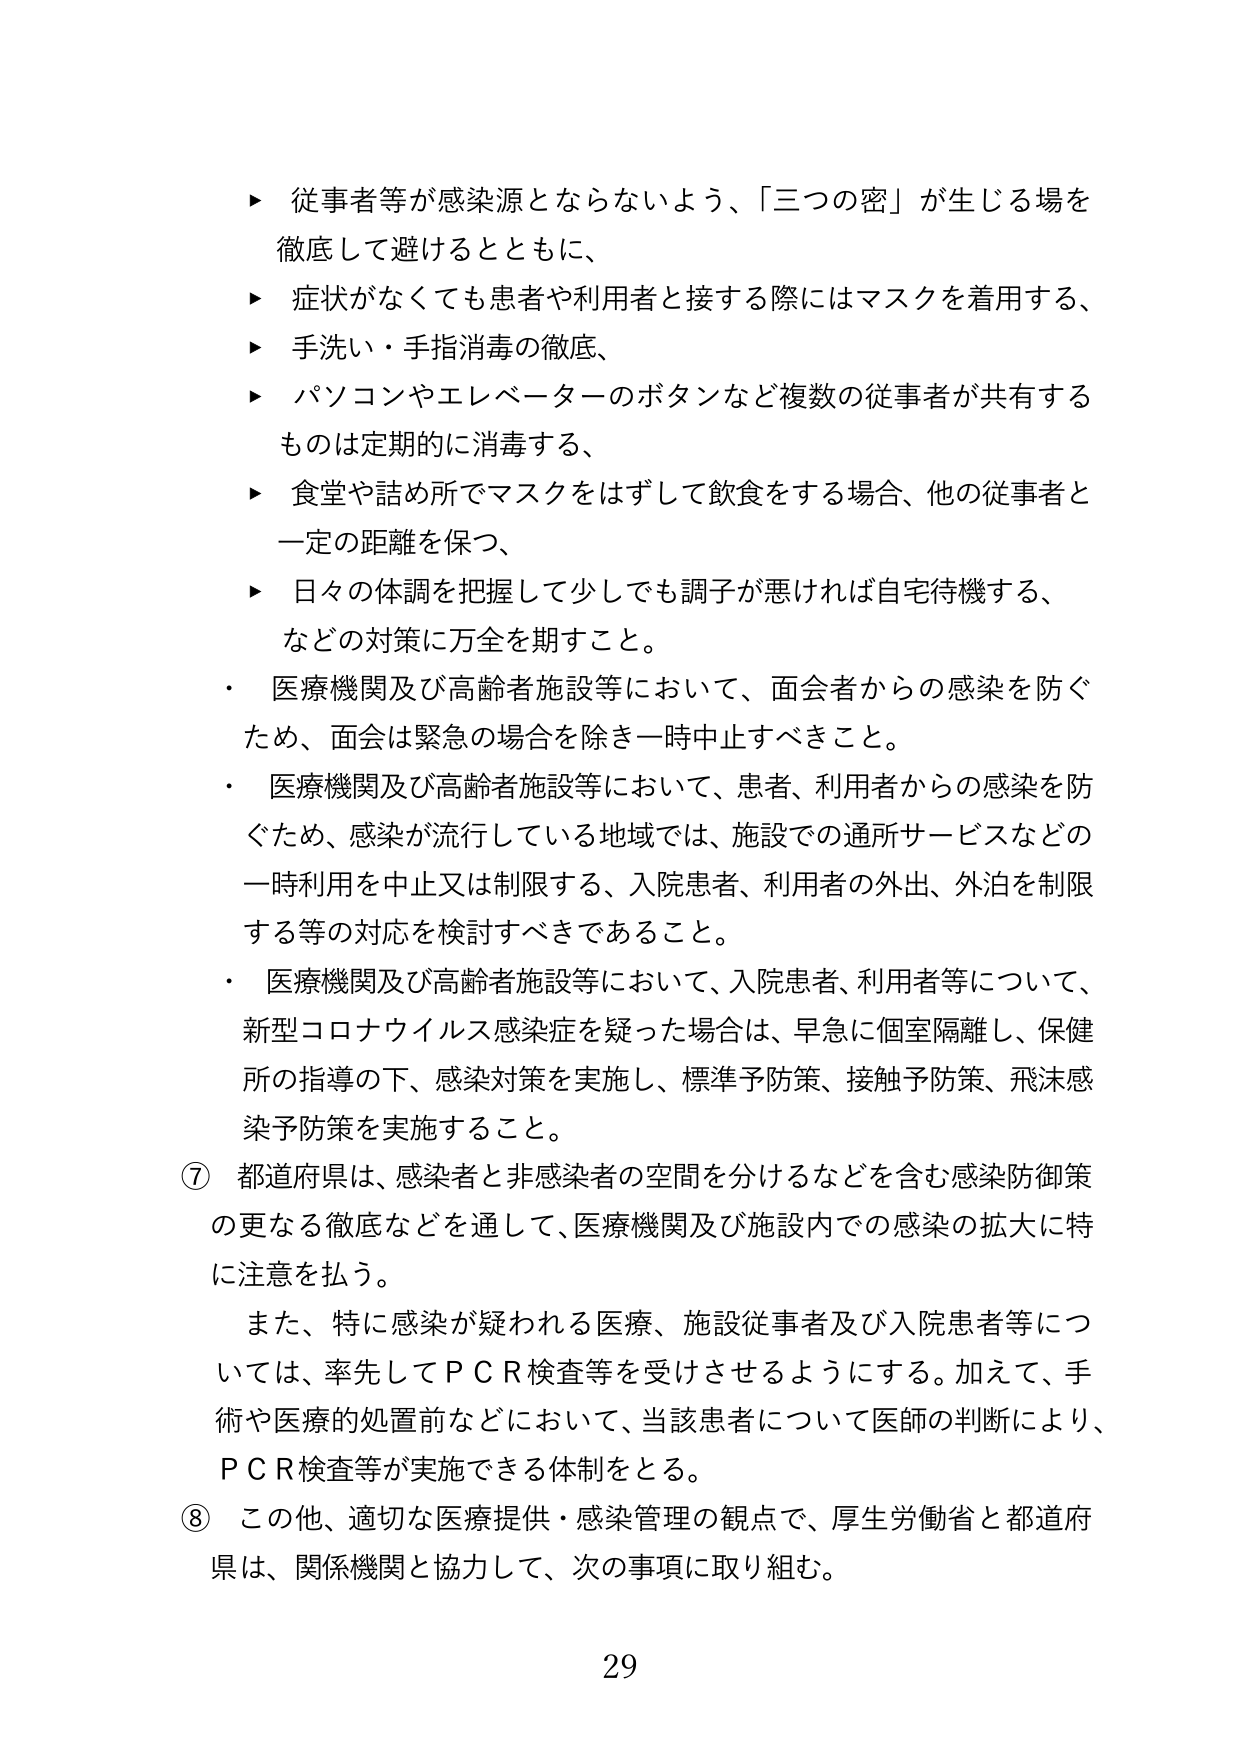
▶ 従事者等が感染源とならないよう、「三つの密」が生じる場を徹底して避けるとともに、
▶ 症状がなくても患者や利用者と接する際にはマスクを着用する、
▶ 手洗い・手指消毒の徹底、
▶ パソコンやエレベーターのボタンなど複数の従事者が共有するものは定期的に消毒する、
▶ 食堂や詰め所でマスクをはずして飲食をする場合、他の従事者と一定の距離を保つ、
▶ 日々の体調を把握して少しでも調子が悪ければ自宅待機する、などの対策に万全を期すこと。

・ 医療機関及び高齢者施設等において、面会者からの感染を防ぐため、面会は緊急の場合を除き一時中止すべきこと。
・ 医療機関及び高齢者施設等において、患者、利用者からの感染を防ぐため、感染が流行している地域では、施設での通所サービスなどの一時利用を中止又は制限する、入院患者、利用者の外出、外泊を制限する等の対応を検討すべきであること。
・ 医療機関及び高齢者施設等において、入院患者、利用者等について、新型コロナウイルス感染症を疑った場合は、早急に個室隔離し、保健所の指導の下、感染対策を実施し、標準予防策、接触予防策、飛沫感染予防策を実施すること。

⑦ 都道府県は、感染者と非感染者の空間を分けるなどを含む感染防御策の更なる徹底などを通して、医療機関及び施設内での感染の拡大に特に注意を払う。
　また、特に感染が疑われる医療、施設従事者及び入院患者等については、率先してＰＣＲ検査等を受けさせるようにする。加えて、手術や医療的処置前などにおいて、当該患者について医師の判断により、ＰＣＲ検査等が実施できる体制をとる。

⑧ この他、適切な医療提供・感染管理の観点で、厚生労働省と都道府県は、関係機関と協力して、次の事項に取り組む。

29